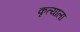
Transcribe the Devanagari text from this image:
कृत्याला